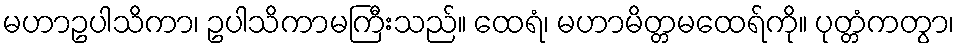
မဟာဥပါသိကာ၊ ဥပါသိကာမကြီးသည်။ ထေရံ၊ မဟာမိတ္တမထေရ်ကို။ ပုတ္တံကတွာ၊